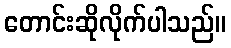
တောင်းဆိုလိုက်ပါသည်။